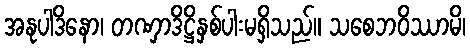
အနုပါဒိနော၊ တဏှာဒိဋ္ဌိနှစ်ပါးမရှိသည်။ သစေဘဝိဿာမိ၊